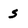
Character: s